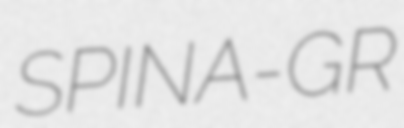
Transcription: SPINA-GR